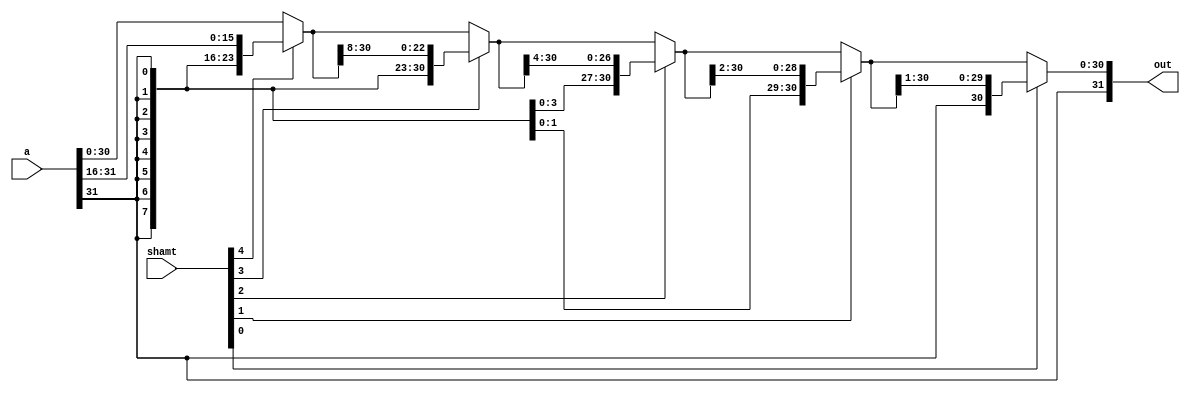
module sra_32(out, shamt, a);
    input [31:0] a; 
    input [4:0] shamt;
    output [31:0] out;
    wire [31:0] st16,st8,st4,st2,st1;
    wire [31:0] o16,o8,o4,o2;

    //MSB
    assign st16 = {a[31], {15{a[31]}}, a[31:16]};
    assign o16 = (shamt[4]) ? st16 : a;

    assign st8 = {o16[31], {7{o16[31]}}, o16[31:8]};
    assign o8 = (shamt[3]) ? st8 : o16;

    assign st4 = {o8[31], {3{o8[31]}}, o8[31:4]};
    assign o4 = (shamt[2]) ? st4 : o8;

    assign st2 = {o4[31], {1{o4[31]}}, o4[31:2]};
    assign o2 = (shamt[1]) ? st2 : o4;

    assign st1 = {o2[31], o2[31:1]};
    assign out = (shamt[0]) ? st1 : o2;

    



    
endmodule